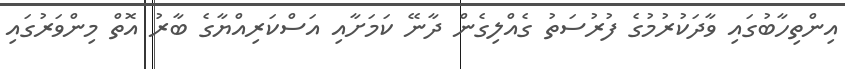
އިންތިހާބުގައި ވާދަކުރުމުގެ ފުރުސަތު ގެއްލިގެން ދާނޭ ކަމަށާއި އަސްކަރިއްޔާގެ ބާރު އޮތް މިންވަރުގައި